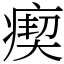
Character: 瘈